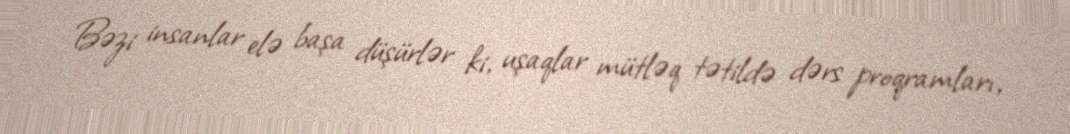
Bəzi insanlar elə başa düşürlər ki, uşaqlar mütləq tətildə dərs proqramları,